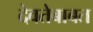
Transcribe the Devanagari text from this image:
देवतेबाबत